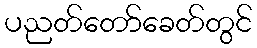
ပညတ်တော်ခေတ်တွင်